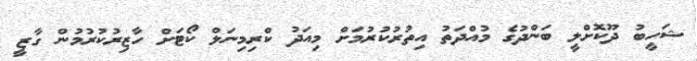
ޝަހީބު ދޫކޮށްލީ ބަންދުގެ މުއްދަތު އިތުރުކުރުމަށް މިއަދު ކްރިމިނަލް ކޯޓަށް ހާޒިރުކުރުމުން ގާޒީ